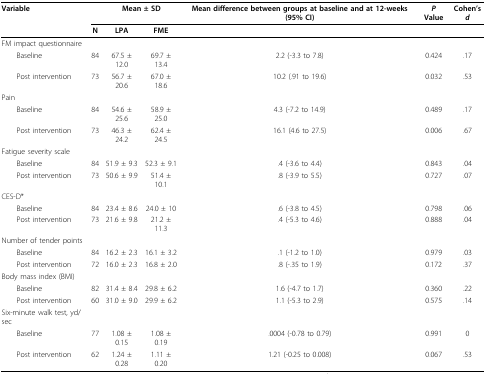
<table><thead><tr><td><b>Variable</b></td><td></td><td colspan="2"><b>Mean ± SD</b></td><td><b>Mean difference between groups at baseline and at 12-weeks (95% CI)</b></td><td><b><i>P </i>Value</b></td><td><b>Cohen&#x27;s <i>d</i></b></td></tr><tr><td></td><td><b>N</b></td><td><b>LPA</b></td><td><b>FME</b></td><td></td><td></td><td></td></tr></thead><tbody><tr><td>FM impact questionnaire</td><td></td><td></td><td></td><td></td><td></td><td></td></tr><tr><td> Baseline</td><td>84</td><td>67.5 ± 12.0</td><td>69.7 ± 13.4</td><td>2.2 (-3.3 to 7.8)</td><td>0.424</td><td>.17</td></tr><tr><td> Post intervention</td><td>73</td><td>56.7 ± 20.6</td><td>67.0 ± 18.6</td><td>10.2 (.91 to 19.6)</td><td>0.032</td><td>.53</td></tr><tr><td>Pain</td><td></td><td></td><td></td><td></td><td></td><td></td></tr><tr><td> Baseline</td><td>84</td><td>54.6 ± 25.6</td><td>58.9 ± 25.0</td><td>4.3 (-7.2 to 14.9)</td><td>0.489</td><td>.17</td></tr><tr><td> Post intervention</td><td>73</td><td>46.3 ± 24.2</td><td>62.4 ± 24.5</td><td>16.1 (4.6 to 27.5)</td><td>0.006</td><td>.67</td></tr><tr><td>Fatigue severity scale</td><td></td><td></td><td></td><td></td><td></td><td></td></tr><tr><td> Baseline</td><td>84</td><td>51.9 ± 9.3</td><td>52.3 ± 9.1</td><td>.4 (-3.6 to 4.4)</td><td>0.843</td><td>.04</td></tr><tr><td> Post intervention</td><td>73</td><td>50.6 ± 9.9</td><td>51.4 ± 10.1</td><td>.8 (-3.9 to 5.5)</td><td>0.727</td><td>.07</td></tr><tr><td>CES-D*</td><td></td><td></td><td></td><td></td><td></td><td></td></tr><tr><td> Baseline</td><td>84</td><td>23.4 ± 8.6</td><td>24.0 ± 10</td><td>.6 (-3.8 to 4.5)</td><td>0.798</td><td>.06</td></tr><tr><td> Post intervention</td><td>73</td><td>21.6 ± 9.8</td><td>21.2 ± 11.3</td><td>.4 (-5.3 to 4.6)</td><td>0.888</td><td>.04</td></tr><tr><td>Number of tender points</td><td></td><td></td><td></td><td></td><td></td><td></td></tr><tr><td> Baseline</td><td>84</td><td>16.2 ± 2.3</td><td>16.1 ± 3.2</td><td>.1 (-1.2 to 1.0)</td><td>0.979</td><td>.03</td></tr><tr><td> Post intervention</td><td>72</td><td>16.0 ± 2.3</td><td>16.8 ± 2.0</td><td>.8 (-.35 to 1.9)</td><td>0.172</td><td>.37</td></tr><tr><td>Body mass index (BMI)</td><td></td><td></td><td></td><td></td><td></td><td></td></tr><tr><td> Baseline</td><td>82</td><td>31.4 ± 8.4</td><td>29.8 ± 6.2</td><td>1.6 (-4.7 to 1.7)</td><td>0.360</td><td>.22</td></tr><tr><td> Post intervention</td><td>60</td><td>31.0 ± 9.0</td><td>29.9 ± 6.2</td><td>1.1 (-5.3 to 2.9)</td><td>0.575</td><td>.14</td></tr><tr><td>Six-minute walk test, yd/sec</td><td></td><td></td><td></td><td></td><td></td><td></td></tr><tr><td> Baseline</td><td>77</td><td>1.08 ± 0.15</td><td>1.08 ± 0.19</td><td>.0004 (-0.78 to 0.79)</td><td>0.991</td><td>0</td></tr><tr><td> Post intervention</td><td>62</td><td>1.24 ± 0.28</td><td>1.11 ± 0.20</td><td>1.21 (-0.25 to 0.008)</td><td>0.067</td><td>.53</td></tr></tbody></table>